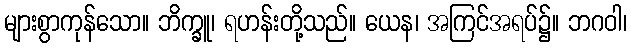
များစွာကုန်သော။ ဘိက္ခူ၊ ရဟန်းတို့သည်။ ယေန၊ အကြင်အရပ်၌။ ဘဂဝါ၊